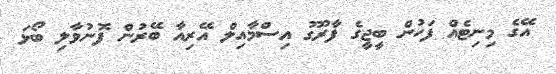
އޭގެ މިނިޓެއް ފަހުން ބީޖީގެ ފާރޫގު އިސްމާއިލް އޭރިއާ ބޭރުން ފޮނުވާލި ބޯޅަ